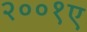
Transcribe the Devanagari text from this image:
२००१ए